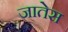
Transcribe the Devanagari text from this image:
जातेस